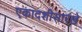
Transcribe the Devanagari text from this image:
एकादशीसारखे